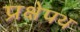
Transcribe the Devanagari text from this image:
प्रक्षेपथ